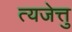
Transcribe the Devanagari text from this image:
त्यजेत्तु